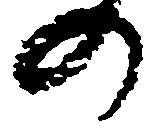
の